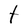
Character: t